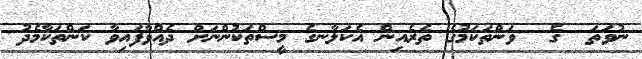
ނުވަތަ  ގެ  ވަންތަކަމުގެ ތެރެއިން އެކަލާނގެ މީސްތަކުންނަށް ދެއްވާފައިވާ ކަންތަކާމެދު